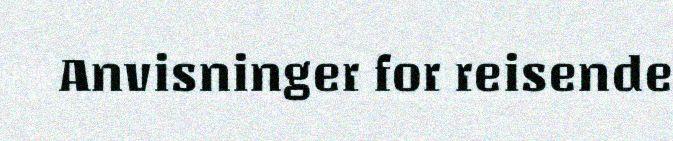
Anvisninger for reisende